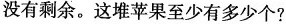
没有剩余。这堆苹果至少有多少个?